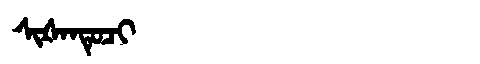
Manchu: ᠰᡳᡧᠠᠨᡨᡠᠴᡳ
Romanization: SIŠANTUCI